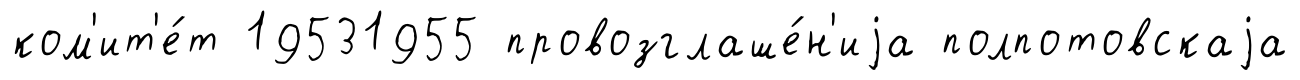
ком'ит'е́т 19531955 провозглаше́н'иjа полпотовскаjа